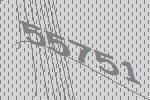
55751